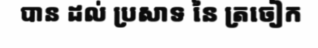
បាន ដល់ ប្រសាទ នៃ ត្រចៀក